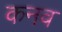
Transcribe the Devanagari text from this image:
कनव